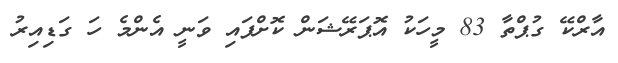
އާރްކޭ ގުޕްތާ 83 މީހަކު އޮޕަރޭޝަން ކޮށްފައި ވަނީ އެންމެ ހަ ގަޑިއިރު